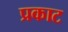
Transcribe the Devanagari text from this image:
प्रकाट